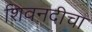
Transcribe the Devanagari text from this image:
शिवनदीचा